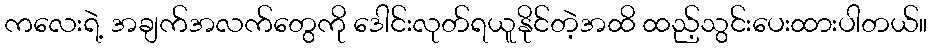
ကလေးရဲ့ အချက်အလက်တွေကို ဒေါင်းလုတ်ရယူနိုင်တဲ့အထိ ထည့်သွင်းပေးထားပါတယ်။